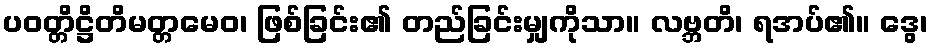
ပဝတ္တိဋ္ဌိတိမတ္တမေဝ၊ ဖြစ်ခြင်း၏ တည်ခြင်းမျှကိုသာ။ လဗ္ဘတိ၊ ရအပ်၏။ ဒွေ၊